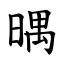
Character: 㬂